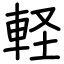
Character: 軽